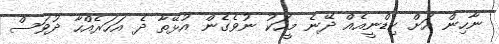
ނާހިން އަށް ކިޑްނީއެއް ދޭނެ މީހަކު ނުވެގެން އުޅޭތާ ދެ އަހަރެއްހާ ދުވަސް